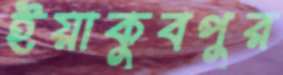
ইয়াকুবপুর